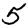
Digit: 5